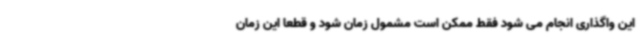
این واگذاری انجام می شود فقط ممکن است مشمول زمان شود و قطعا این زمان